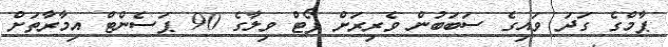
ޕާމްގެ ގަދަ ވައިގެ ސަބަބުން ވެރިރަށް ޕޯޓް ވިލާގެ 90 ޕަސެންޓް އިމާރާތަށް